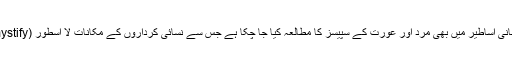
اسی طرح قدیم یونانی اساطیر میں بھی مرد اور عورت کے سپیسز کا مطالعہ کیا جا چکا ہے جس سے نسائی کرداروں کے مکانات لا اسطور (demystify) ہوتے ہیں۔